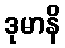
ဒုမာနိ